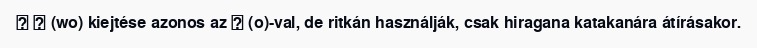
＊ ヲ (wo) kiejtése azonos az オ (o)-val, de ritkán használják, csak hiragana katakanára átírásakor.